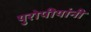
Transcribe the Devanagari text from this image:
युरोपीयांनी